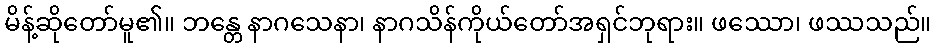
မိန့်ဆိုတော်မူ၏။ ဘန္တေ နာဂသေနာ၊ နာဂသိန်ကိုယ်တော်အရှင်ဘုရား။ ဖဿော၊ ဖဿသည်။